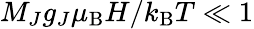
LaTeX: M_{J}g_{J}\mu_{\mathrm{B}}H/k_{\mathrm{B}}T\ll 1